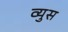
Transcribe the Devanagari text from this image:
व्युस